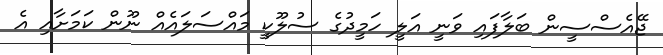
ޖޭއެސްސީން ބަލާފައި ވަނީ އަލީ ހަމީދުގެ ސުލޫކީ މައްސަލައެއް ނޫން ކަމަށާއި އެ